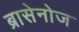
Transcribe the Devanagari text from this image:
ब्रासेनोज